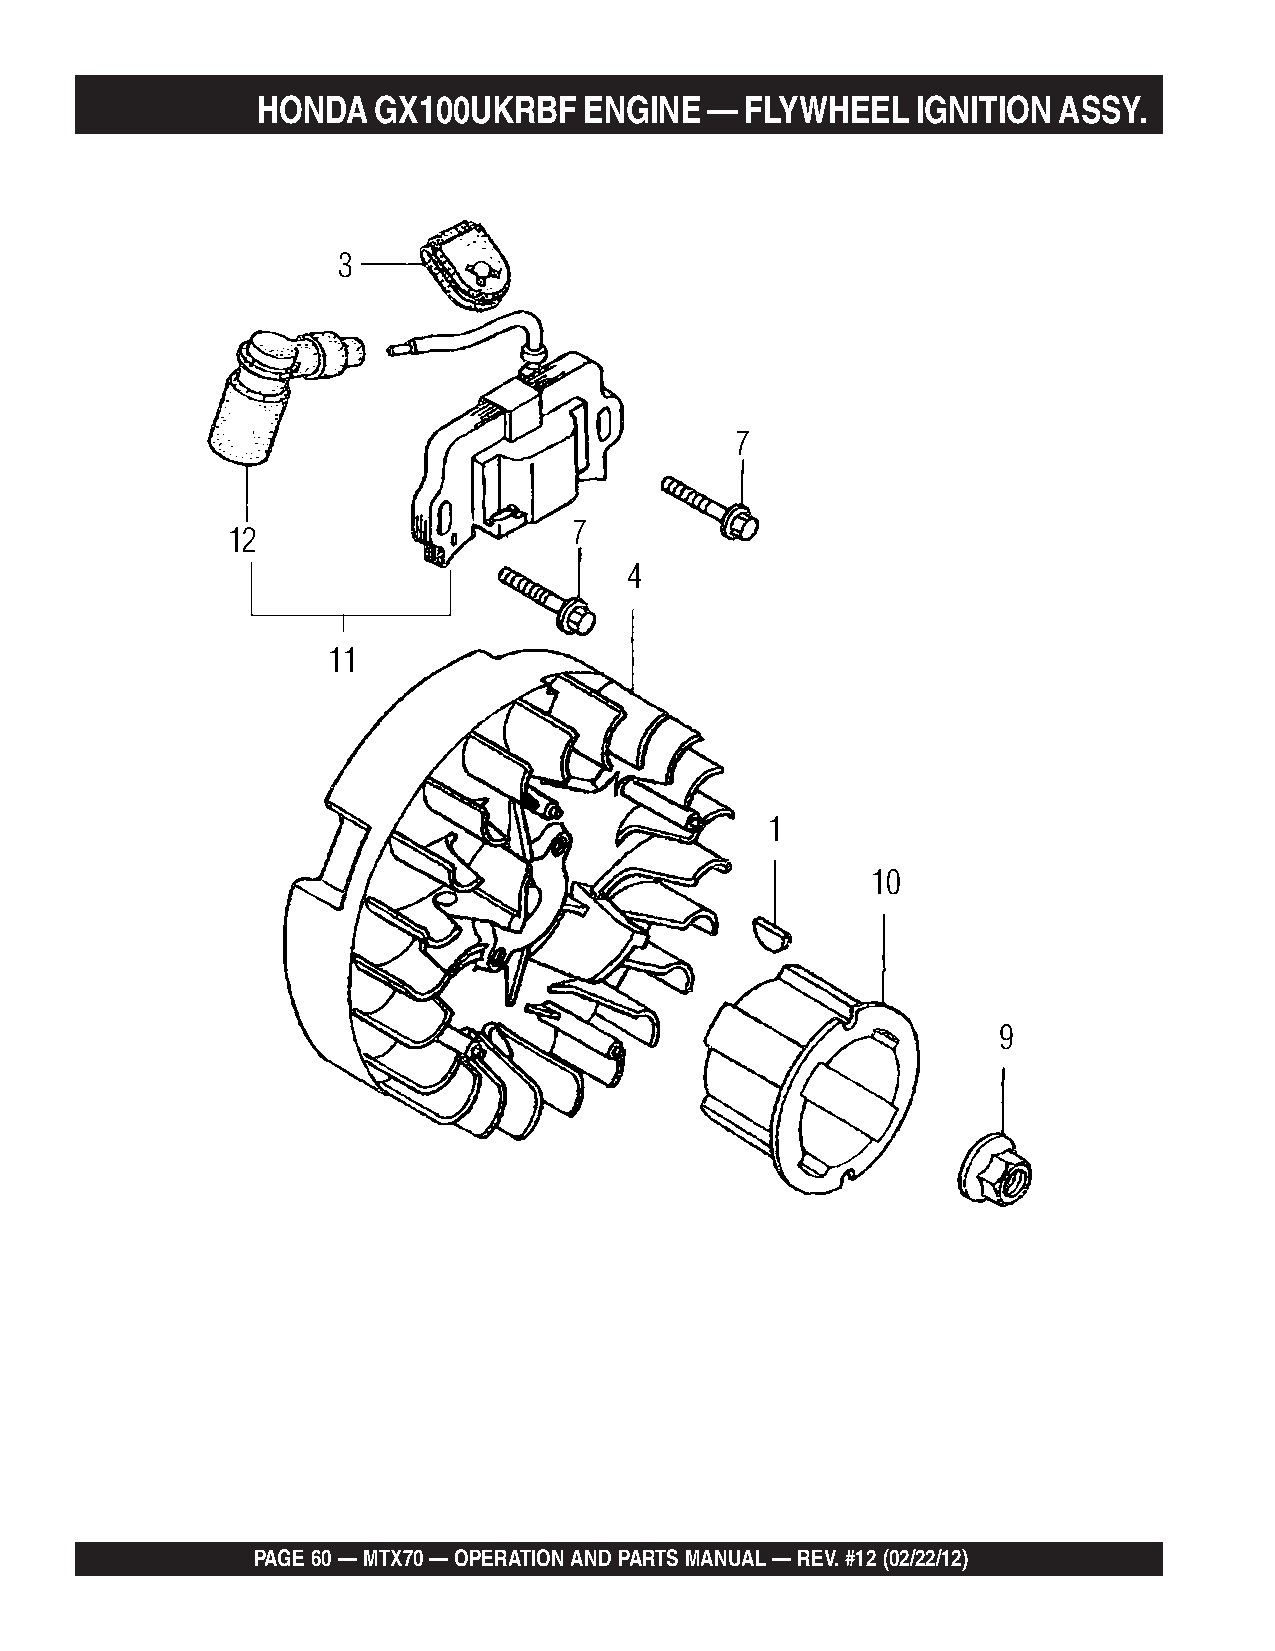
HONDA   GX100UKRBF    ENGINE  — FLYWHEEL    IGNITION ASSY.
 3
 7
 7
 12
 4
 11
 1
 10
 9
 PAGE 60 — MTX70 — OPERATION AND PARTS MANUAL — REV. #12 (02/22/12)